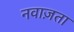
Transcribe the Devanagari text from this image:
नवाज़ता